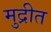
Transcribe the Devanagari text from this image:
मुद्रीत